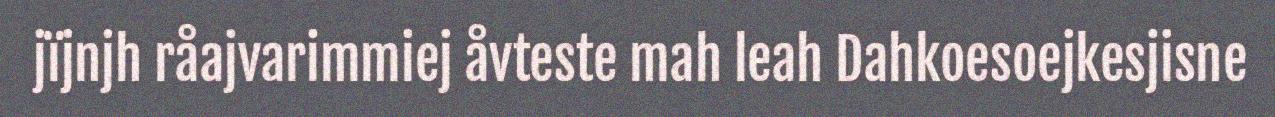
jïjnjh råajvarimmiej åvteste mah leah Dahkoesoejkesjisne